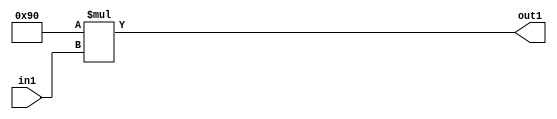
`timescale 1ps / 1ps
/*****************************************************************************
    Verilog RTL Description
    
    
    Created by: Stratus DpOpt 2019.1.01 
*******************************************************************************/

module SobelFilter_Mul2i144u8_1 (
	in1,
	out1
	); /* architecture "behavioural" */ 
input [7:0] in1;
output [15:0] out1;
wire [15:0] asc001;

assign asc001 = 
	+(16'B0000000010010000 * in1);

assign out1 = asc001;
endmodule

/* CADENCE  urn4TQE= : u9/ySgnWtBlWxVPRXgAZ4Og= ** DO NOT EDIT THIS LINE ******/